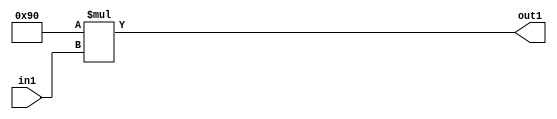
`timescale 1ps / 1ps
/*****************************************************************************
    Verilog RTL Description
    
    
    Created by: Stratus DpOpt 2019.1.01 
*******************************************************************************/

module SobelFilter_Mul2i144u8_1 (
	in1,
	out1
	); /* architecture "behavioural" */ 
input [7:0] in1;
output [15:0] out1;
wire [15:0] asc001;

assign asc001 = 
	+(16'B0000000010010000 * in1);

assign out1 = asc001;
endmodule

/* CADENCE  urn4TQE= : u9/ySgnWtBlWxVPRXgAZ4Og= ** DO NOT EDIT THIS LINE ******/